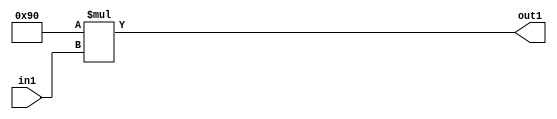
`timescale 1ps / 1ps
/*****************************************************************************
    Verilog RTL Description
    
    
    Created by: Stratus DpOpt 2019.1.01 
*******************************************************************************/

module SobelFilter_Mul2i144u8_1 (
	in1,
	out1
	); /* architecture "behavioural" */ 
input [7:0] in1;
output [15:0] out1;
wire [15:0] asc001;

assign asc001 = 
	+(16'B0000000010010000 * in1);

assign out1 = asc001;
endmodule

/* CADENCE  urn4TQE= : u9/ySgnWtBlWxVPRXgAZ4Og= ** DO NOT EDIT THIS LINE ******/